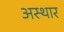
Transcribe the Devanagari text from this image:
अस्थार